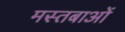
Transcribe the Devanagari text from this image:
मस्तबाओं